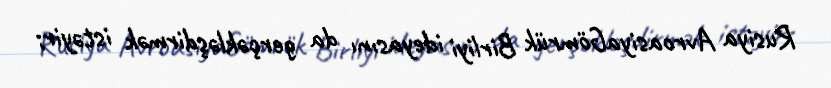
Rusiya AvroasiyaGömrük Birliyi ideyasını da gerçəkləşdirmək istəyir;